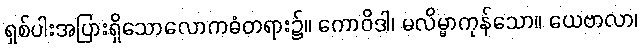
ရှစ်ပါးအပြားရှိသောလောကဓံတရား၌။ ကောဝိဒါ၊ မလိမ္မာကုန်သော။ ယေဗာလာ၊